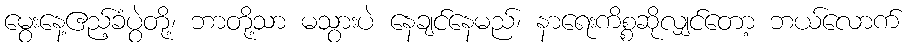
မွေးနေ့ဧည့်ခံပွဲတို့၊ ဘာတို့သာ မသွားပဲ နေချင်နေမည်၊ နာရေးကိစ္စဆိုလျှင်တော့ ဘယ်လောက်